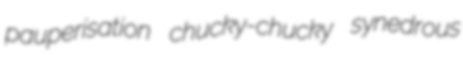
pauperisation chucky-chucky synedrous